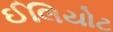
ઈલિયોટ